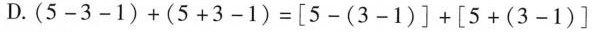
D.$$( 5 - 3 - 1 ) + ( 5 + 3 - 1 ) = [ 5 - ( 3 - 1 ) ] + [ 5 + ( 3 - 1 ) ]$$